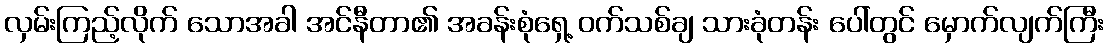
လှမ်းကြည့်လိုက် သောအခါ အင်နီတာ၏ အခန်းစုံရှေ့ ဝက်သစ်ချ သားခုံတန်း ပေါ်တွင် မှောက်လျက်ကြီး